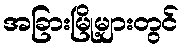
အခြားမြို့များတွင်